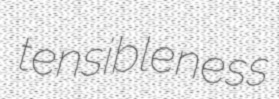
tensibleness